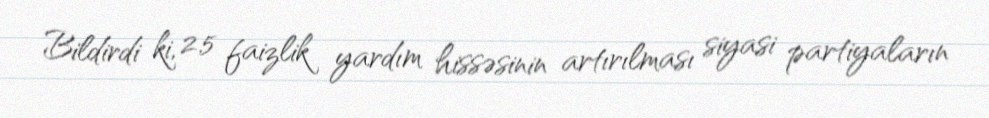
Bildirdi ki, 2.5 faizlik yardım hissəsinin artırılması siyasi partiyaların